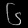
Digit: ၆